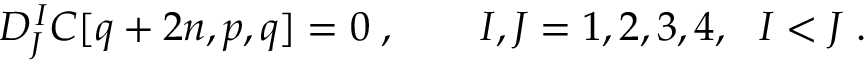
D _ { J } ^ { \, I } C [ q + 2 n , p , q ] = 0 \; , \qquad I , J = 1 , 2 , 3 , 4 , \ \ I < J \; .